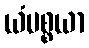
ယံပစ္စယာ